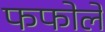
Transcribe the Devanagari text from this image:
फफोलें